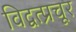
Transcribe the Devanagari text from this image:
विद्वत्प्रचूर